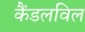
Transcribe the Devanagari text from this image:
कैंडलविल